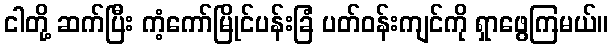
ငါတို့ ဆက်ပြီး ကံ့ကော်မြိုင်ပန်းခြံ ပတ်ဝန်းကျင်ကို ရှာဖွေကြမယ်။